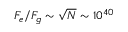
F _ { e } / F _ { g } \sim \sqrt { N } \sim 1 0 ^ { 4 0 }